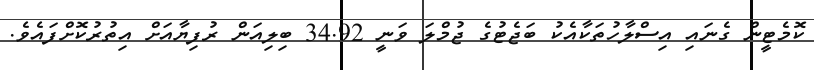
ކޮމެޓީން ގެނައި އިސްލާހުތަކާއެކު ބަޖެޓުގެ ޖުމްލަ ވަނީ 34.92 ބިލިއަން ރުފިޔާއަށް އިތުރުކޮށްފައެވެ.